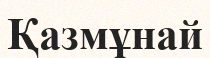
Қазмұнай